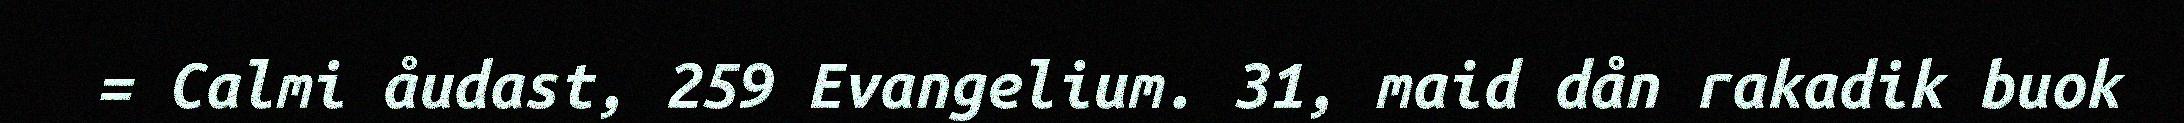
= Calmi åudast, 259 Evangelium. 31, maid dån rakadik buok